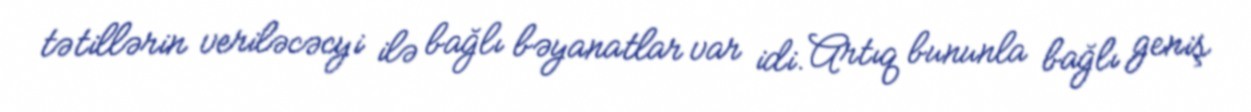
tətillərin veriləcəcyi ilə bağlı bəyanatlar var idi. Artıq bununla bağlı geniş